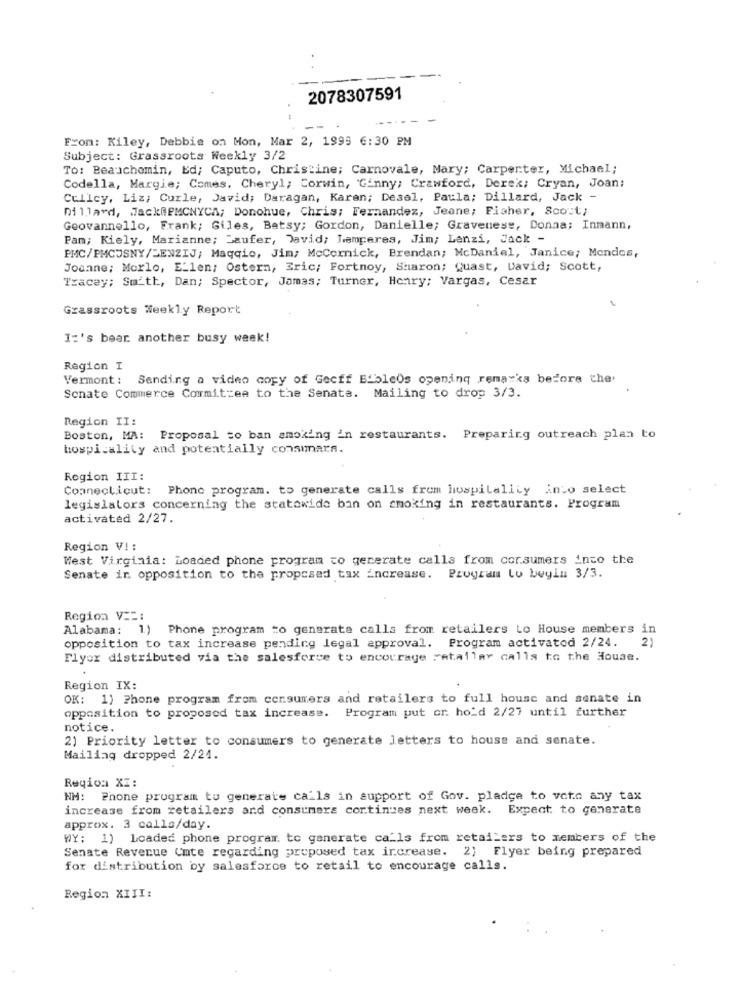
2078307591
From: Kiley, Debbie on Mon, Mar 2, 1995 6:30 PM
Subject: Grassroots Weekly 3/2
To: Beauchemin, Ed; Caputo, Christine; Carnovale, Mary; Carpenter, Michael;
Codella, Margie; Comes. Cheryl; Corwin, "Ginny; Crawford, Derek; Cryan, Joan:
Cullcy, Liz; Curle, David; Daragan, Karen; Desel, Paula; Dillard, Jack -
Dillard, JackREMCNYCA; Donohue, Chris; Fernandez, Jeane; Fisher, Scout;
Goovannello, Frank; Giles, Batsy; Gordon, Danielle; Gravenese, Donna; Inmann,
Pan; Kiely, Marianne; Laufer, David; Temperes, Jim; Lanzi, Jack -
PMC/PMCJSNY/>ENZIJ; Maqqio, Jim; McCormick, Brendan; McDaniel, Janice; Mendes,
Joanne; Morlo, ELlen; Ostern, Eric; Fortnoy, Sharon; Quast, David; Scott,
Tracey; Smith, Dan; Spector, Jamas; Turner, Henry; Vargas, Cesar
Grassroots Weekly Report
I:'s bear another busy week!
Region I
Vermont: Sending a video copy of Gecff Elbleos opening remarks before the.
Sonate Commerce Committee to the Senate. Mailing to drop 3/3.
Region II:
Boston, MA: Proposal to ban smoking in restaurants. Preparing outreach plan to
hospitality and potentially consmars.
Region III:
Connecticut:
Phone program. to generate calls from hospitality into select
legislators concerning the statowido ban on smoking in restaurants. Program
activated 2/27.
Region V! :
West Virginia: Loaded phone program to generate calls from consumers into the
Senate in opposition to the proposed tax increase. Program Lu beyin 3/3.
Region V ==:
Alabama: 1) Phone program to generate calls from retailers Lo House members in
opposition to tax increase pending legal approval. Program activated 2/24. 2)
Flyer distributed via the salesforce to encourage retailer calls to the House.
Region IX:
OK: 1) Phone program from consumers and retailers to full house and senate in
opposition to proposed tax increase.
Program put or. ho'd 2/27 until further
notice.
2) Priority letter to consumers to generate letters to house and senate.
Mailing dropped 2/24.
Region XI :
NM: Phone program to generate calls in support of Gov. pladge to voto any tax
increase from retailers and consumers cortinzes next week.
Expect to generate
approx. 3 calla/day.
WY: 1) Loaded phone program to generate ca'ls from retailers to members of the
Senate Revenue Cmte regarding proposed tax ircrease. 2} Flyer being prepared
for distribution by salesforce to retail to encourage calls.
Region XIII: